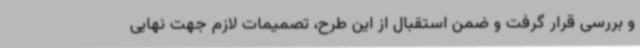
و بررسی قرار گرفت و ضمن استقبال از این طرح، تصمیمات لازم جهت نهایی